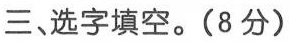
三、选字填空。(8分)